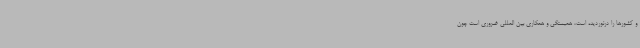
و کشورها را درنوردیده است، همبستگی و همکاری بین المللی ضروری است چون